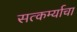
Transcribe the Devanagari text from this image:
सत्कर्म्याचा